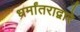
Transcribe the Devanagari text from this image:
धर्मांतराद्वारे